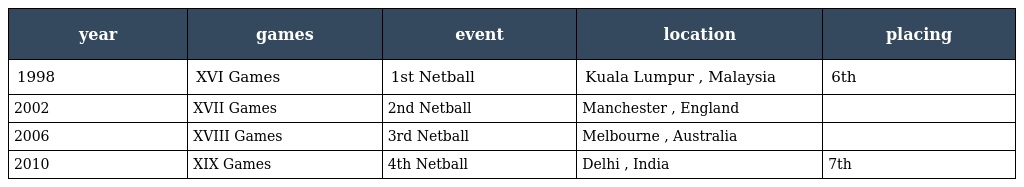
| year | games | event | location | placing |
 | --- | --- | --- | --- | --- |
 | 1998 | XVI Games | 1st Netball | Kuala Lumpur , Malaysia | 6th |
 | 2002 | XVII Games | 2nd Netball | Manchester , England |  |
 | 2006 | XVIII Games | 3rd Netball | Melbourne , Australia |  |
 | 2010 | XIX Games | 4th Netball | Delhi , India | 7th |